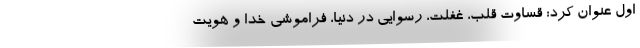
اول عنوان کرد: قساوت قلب، غفلت، رسوایی در دنیا، فراموشی خدا و هویت